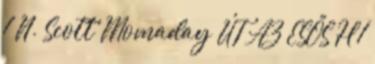
1 N. Scott Momaday ÚT AZ ESŐS H 1